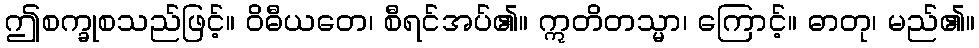
ဤစက္ခုစသည်ဖြင့်။ ဝိဓီယတေ၊ စီရင်အပ်၏။ ဣတိတသ္မာ၊ ကြောင့်။ ဓာတု၊ မည်၏။